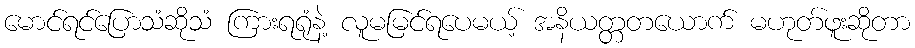
မောင်ရင်ပြောသံဆိုသံ ကြားရရုံနဲ့ လူမမြင်ရပေမယ့် အနိယတ္တတယောက် မဟုတ်ဖူးဆိုတာ